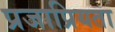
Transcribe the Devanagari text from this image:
प्रजाप्रियता